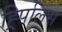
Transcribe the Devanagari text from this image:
ह्र्पिलिस